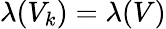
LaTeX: \lambda(V_{k})=\lambda(V)